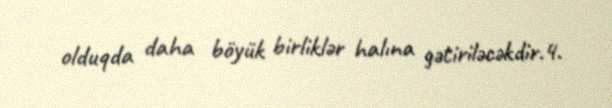
olduqda daha böyük birliklər halına gətiriləcəkdir.4.